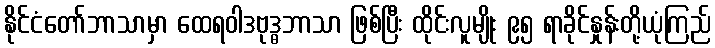
နိုင်ငံတော်ဘာသာမှာ ထေရဝါဒဗုဒ္ဓဘာသာ ဖြစ်ပြီး ထိုင်းလူမျိုး ၉၅ ရာခိုင်နှုန်းတို့ယုံကြည်